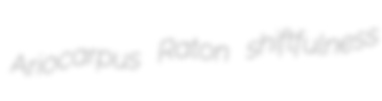
Ariocarpus Raton shiftfulness